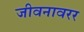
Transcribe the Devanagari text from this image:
जीवनावरर